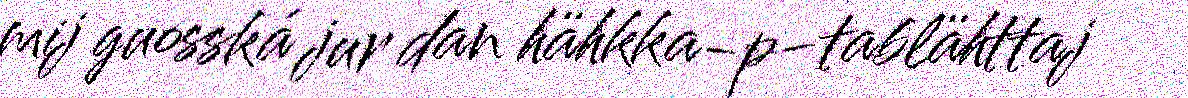
mij guosská jur dan hähkka-p-tablähttaj